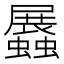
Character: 𧔡